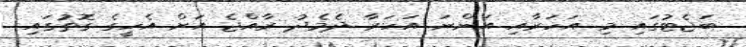
ބަޖެޓުގައި މި އަހަރާއި އަންނަ އަހަރާ ދެމެދު ރާއްޖެ އަށް އެހީގެ ގޮތުގައި